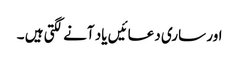
اور ساری دعائیں یاد آنے لگتی ہیں ۔